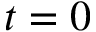
t = 0